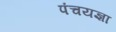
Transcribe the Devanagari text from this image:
पंचयज्ञा